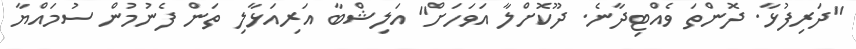
"ދަރިފުޅާ. ދޮންތަ ވެއްޓިދާނެ. ދޫކޮށްލާ އަވަހަށް" އަލިޝްބާ އަރިއަޅާލި ތަން ފެނުމުން ސުމައްޔާ